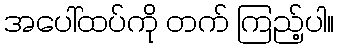
အပေါ်ထပ်ကို တက် ကြည့်ပါ။